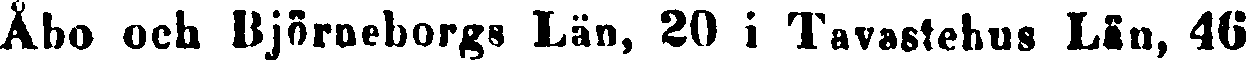
Åbo och Björneborgs Län, 20 i Tavastehus Län, 46